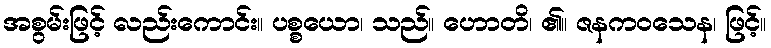
အစွမ်းဖြင့် လည်းကောင်း။ ပစ္စယော၊ သည်။ ဟောတိ၊ ၏။ ဇနကဝသေန၊ ဖြင့်။